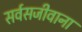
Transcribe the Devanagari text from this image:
सर्वसजीवाना